Civil Veterinary Dept. Bombay admin report 1907-1913 - 1907-1913
Year: 1907
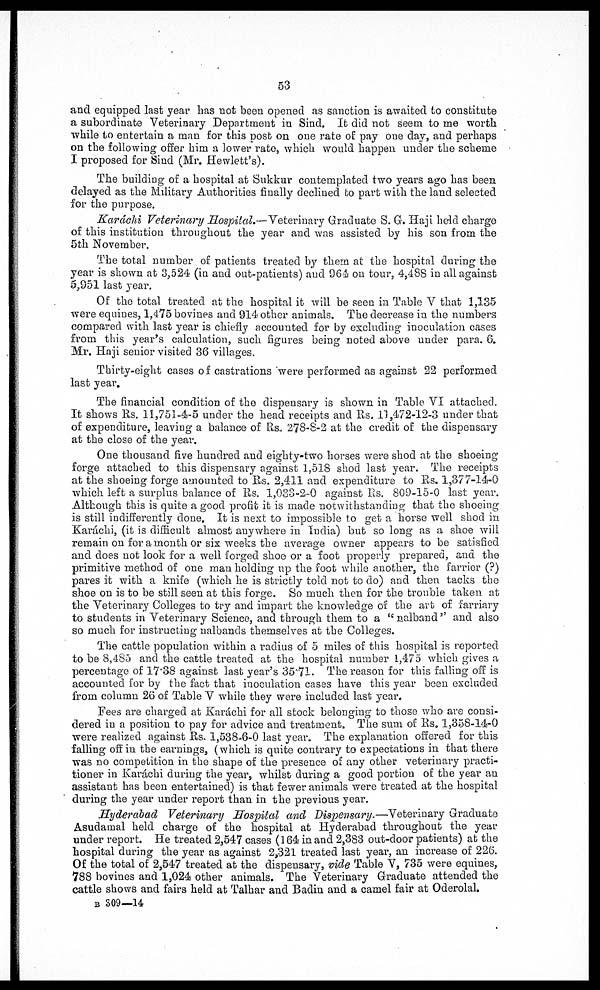
53
and equipped last year has not been opened as sanction is awaited to constitute
a subordinate Veterinary Department in Sind. It did not seem to me worth
while to entertain a man for this post on one rate of pay one day, and perhaps
on the following offer him a lower rate, which would happen under the scheme
I proposed for Sind (Mr. Hewlett's).
The building of a hospital at Sukkur contemplated two years ago has been
delayed as the Military Authorities finally declined to part with the land selected
for the purpose.
Karáchi Veterinary Hospital
Veterinary Graduate S. G. Haji held charge
of this institution throughout the year and was assisted by his son from the
5 th November.
The total number of patients treated by them at the hospital during the
year is shown at 3,524 (in and out-patients) and 964 on tour, 4,488 in all against
5,951 last year.
Of the total treated at the hospital it will be seen in Table V that 1,135
were equines, 1,475 bovines and 914 other animals. The decrease in the numbers
compared with last year is chiefly accounted for by excluding inoculation cases
from this year's calculation, such figures being noted above under para. 6.
Mr. Haji senior visited 36 villages.
Thirty-eight cases of castrations were performed as against 22 performed
last year.
The financial condition of the dispensary is shown in Table VI attached.
It shows Rs. 11,751-4-5 under the head receipts and Rs. 11,472-12-3 under that
of expenditure, leaving a balance of Rs. 278-8-2 at the credit of the dispensary
at the close of the year.
One thousand five hundred and eighty-two horses were shod at the shoeing
forge attached to this dispensary against 1,518 shod last year. The receipts
at the shoeing forge amounted to Rs. 2,411 and expenditure to Rs. 1,377-14-0
which left a surplus balance of Rs. 1,033-2-0 against Rs. 809-15-0 last year.
Although this is quite a good profit it is made notwithstanding that the shoeing
is still indifferently done. It is next to impossible to get a horse well shod in
Karachi, (it is difficult almost anywhere in India) but so long as a shoe will
remain on for a month or six weeks the average owner appears to be satisfied
and does not look for a well forged shoo or a foot properly prepared, and the
primitive method of one man holding up the foot while another, the farrier (?)
pares it with a knife (which he is strictly told not to do) and then tacks the
shoe on is to be still seen at this forge. So much then for the trouble taken at
the Veterinary Colleges to try and impart the knowledge of the art of farriary
to students in Veterinary Science, and through them to a " nalband " and also
so much for instructing nalbands themselves at the Colleges.
The cattle population within a radius of 5 miles of this hospital is reported
to be 8,4S5 and the cattle treated at the hospital number 1,475 which gives a
percentage of 17.38 against last year's 35.71. The reason for this falling off is
accounted for by the fact that inoculation cases have this year been excluded
from column 26 of Table V while they were included last year.
Fees are charged at Karachi for all stock belonging to those who are consi-
dered in a position to pay for advice and treatment. The sum of Rs. 1,358-14-0
were realized against Rs. 1,538-6-0 last year. The explanation offered for this
falling off in the earnings, (which is quite contrary to expectations in that there
was no competition in the shape of the presence of any other veterinary practi-
tioner in Karachi during the year, whilst during a good portion of the year an
assistant has been entertained) is that fewer animals were treated at the hospital
during the year under report than in the previous year.
Hyderabad
Veterinary Hospital and Dispensary.—Veterinary
Graduate
Asudamal held charge of the hospital at Hyderabad throughout the year
under report. He treated 2,547 cases (164 in and 2,383 out-door patients) at the
hospital during the year as against 2,321 treated last year, an increase of 226.
Of the total of 2,547 treated at the dispensary, vide Table V, 735 were equines,
788 bovines and 1,024 other animals. The Veterinary Graduate attended the
cattle shows and fairs held at Talhar and Badin and a camel fair at Oderolal
b 309—14